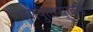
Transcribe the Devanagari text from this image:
सापुताऱ्याकडे